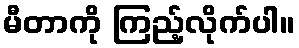
မီတာကို ကြည့်လိုက်ပါ။